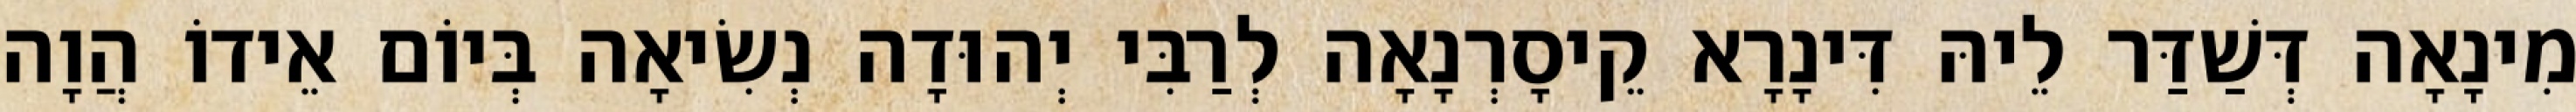
מִינָאָה דְּשַׁדַּר לֵיהּ דִּינָרָא קֵיסָרְנָאָה לְרַבִּי יְהוּדָה נְשִׂיאָה בְּיוֹם אֵידוֹ הֲוָה